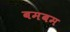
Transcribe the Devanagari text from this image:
बमबम